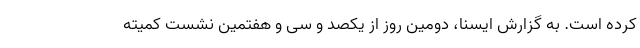
کرده است. به گزارش ایسنا، دومین روز از یکصد و سی و هفتمین نشست کمیته